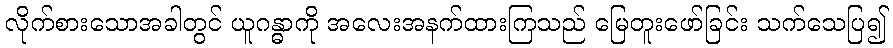
လိုက်စားသောအခါတွင် ယူဂန္ဓာကို အလေးအနက်ထားကြသည် မြေတူးဖော်ခြင်း သက်သေပြ၍